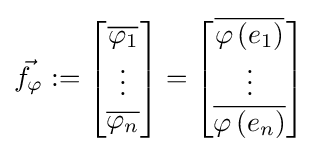
{\vec {f_{\varphi }}}:={\begin{bmatrix}{\overline {\varphi _{1}}}\\\vdots \\{\overline {\varphi _{n}}}\end{bmatrix}}={\begin{bmatrix}{\overline {\varphi \left(e_{1}\right)}}\\\vdots \\{\overline {\varphi \left(e_{n}\right)}}\end{bmatrix}}